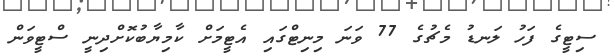
ސިޓީގެ ފަހު ލަނޑު މެޗުގެ 77 ވަނަ މިނިޓްގައި އެޓީމަށް ކާމިޔާބުކޮށްދިނީ ސްޓީވަން